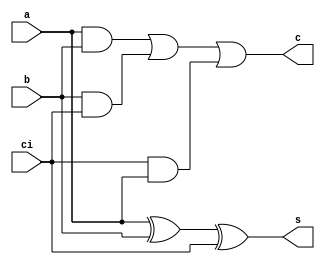
module fullAdder
(
input a,
input b,
input ci,
output s,
output c
);

assign s = (a^b)^ci ;
assign c = a&b | b&ci | ci&a ;

endmodule